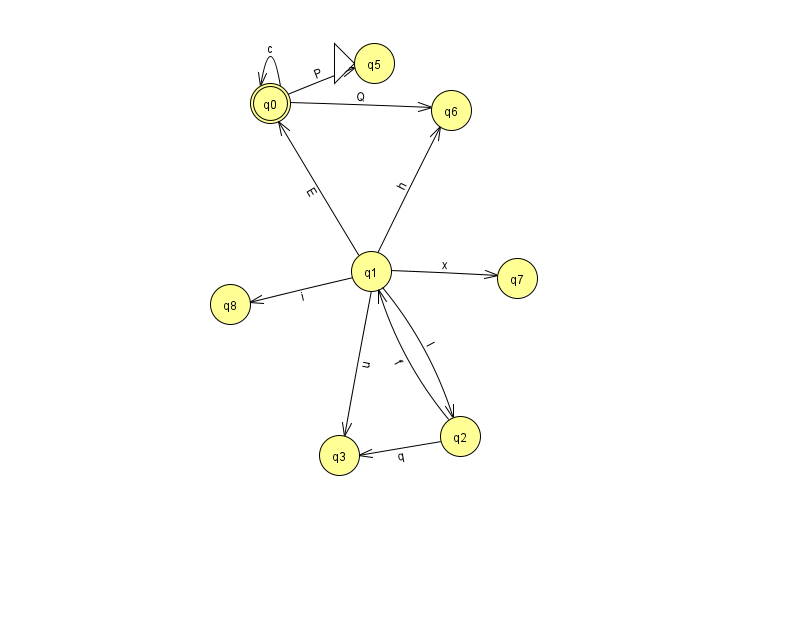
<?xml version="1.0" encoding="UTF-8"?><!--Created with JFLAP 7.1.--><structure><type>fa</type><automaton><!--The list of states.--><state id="0" name="q0"><x>270.0</x><y>90.0</y><final/></state><state id="1" name="q1"><x>371.0</x><y>258.0</y></state><state id="2" name="q2"><x>460.0</x><y>423.0</y></state><state id="3" name="q3"><x>339.0</x><y>442.0</y></state><state id="5" name="q5"><x>374.0</x><y>50.0</y><initial/></state><state id="6" name="q6"><x>451.0</x><y>97.0</y></state><state id="7" name="q7"><x>517.0</x><y>265.0</y></state><state id="8" name="q8"><x>230.0</x><y>291.0</y></state><!--The list of transitions.--><transition><from>2</from><to>1</to><read>f</read></transition><transition><from>1</from><to>0</to><read>E</read></transition><transition><from>0</from><to>0</to><read>c</read></transition><transition><from>1</from><to>6</to><read>h</read></transition><transition><from>2</from><to>3</to><read>q</read></transition><transition><from>1</from><to>3</to><read>u</read></transition><transition><from>1</from><to>8</to><read>i</read></transition><transition><from>0</from><to>5</to><read>P</read></transition><transition><from>1</from><to>2</to><read>l</read></transition><transition><from>1</from><to>7</to><read>x</read></transition><transition><from>0</from><to>6</to><read>Q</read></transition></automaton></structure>